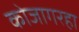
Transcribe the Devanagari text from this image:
कोजागरहा